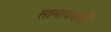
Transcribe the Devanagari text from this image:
सामावणारी